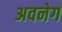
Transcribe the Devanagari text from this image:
अवनेग